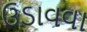
ઉડાવવા